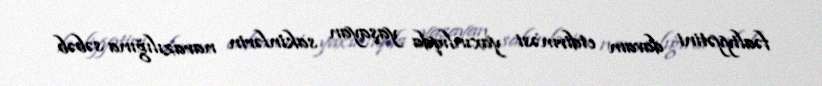
fəaliyyətini davam etdirməsi yaxınlıqda yaşayan sakinlərin narazılığına səbəb